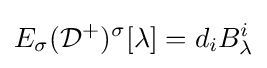
E_{\sigma }({\mathcal {D}}^{+})^{\sigma }[\lambda ]=d_{i}B_{\lambda }^{i}